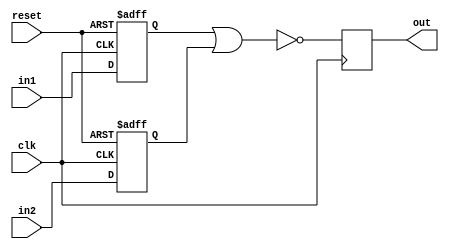
module nor_timing_control(
    input wire clk,
    input wire reset,
    input wire in1,
    input wire in2,
    output reg out
);

reg synced_in1, synced_in2;

always @(posedge clk or posedge reset) begin
    if (reset) begin
        synced_in1 <= 1'b0;
        synced_in2 <= 1'b0;
    end else begin
        synced_in1 <= in1;
        synced_in2 <= in2;
    end
end

always @(posedge clk) begin
    out <= ~(synced_in1 | synced_in2);
end

endmodule